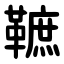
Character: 䩾